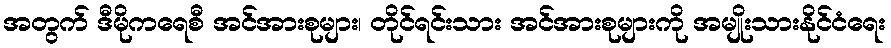
အတွက် ဒီမိုကရေစီ အင်အားစုများ၊ တိုင်ရင်းသား အင်အားစုများကို အမျိုးသားနိုင်ငံရေး